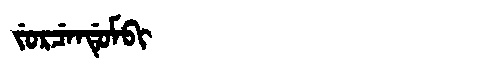
Manchu: ᠵᡠᡵᠴᡝᠨᡩᡠᠮᠪᡳ
Romanization: JURCENDUMBI